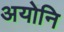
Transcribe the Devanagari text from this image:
अयोनि